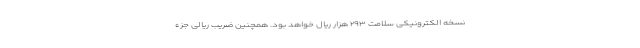
نسخه الکترونیکی سلامت ۲۹۳ هزار ریال خواهد بود. همچنین ضریب ریالی جزء